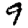
Digit: 9